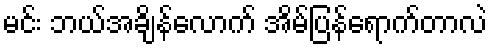
မင်း ဘယ်အချိန်လောက် အိမ်ပြန်ရောက်တာလဲ